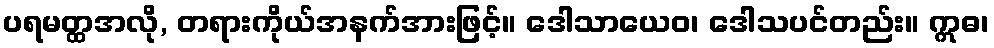
ပရမတ္ထအလို, တရားကိုယ်အနက်အားဖြင့်။ ဒေါသာယေဝ၊ ဒေါသပင်တည်း။ ဣဓ၊